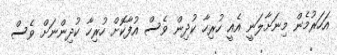
އަހަރުމެން މިނަށާލަނީ އެއީ ހުރިހާ ކުދިން ވެސް އުފާކޮށް ހުރިހާ ކުދިންނަށް ވެސް